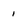
Character: 1